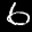
Label: 6